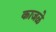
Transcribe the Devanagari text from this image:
काजळे